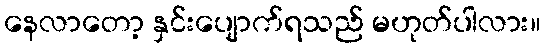
နေလာတော့ နှင်းပျောက်ရသည် မဟုတ်ပါလား။